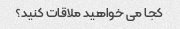
کجا می خواهید ملاقات کنید؟